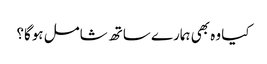
کیا وہ بھی ہمارے ساتھ شامل ہوگا؟